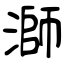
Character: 溮